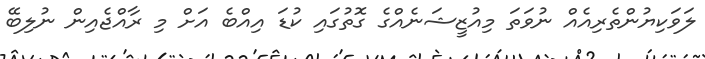
ލަވަކިޔުންތެރިއެއް ނުވަތަ މިއުޒީޝަނެއްގެ ގޮތުގައި ކުޑަ އިއްބެ އަށް މި ރާއްޖެއިން ނުލިބޭ